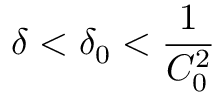
\delta < \delta _ { 0 } < \frac { 1 } { C _ { 0 } ^ { 2 } }